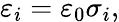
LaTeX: \varepsilon_{i}=\varepsilon_{0}\sigma_{i},